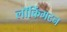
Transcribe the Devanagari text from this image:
लॉकिंगटन